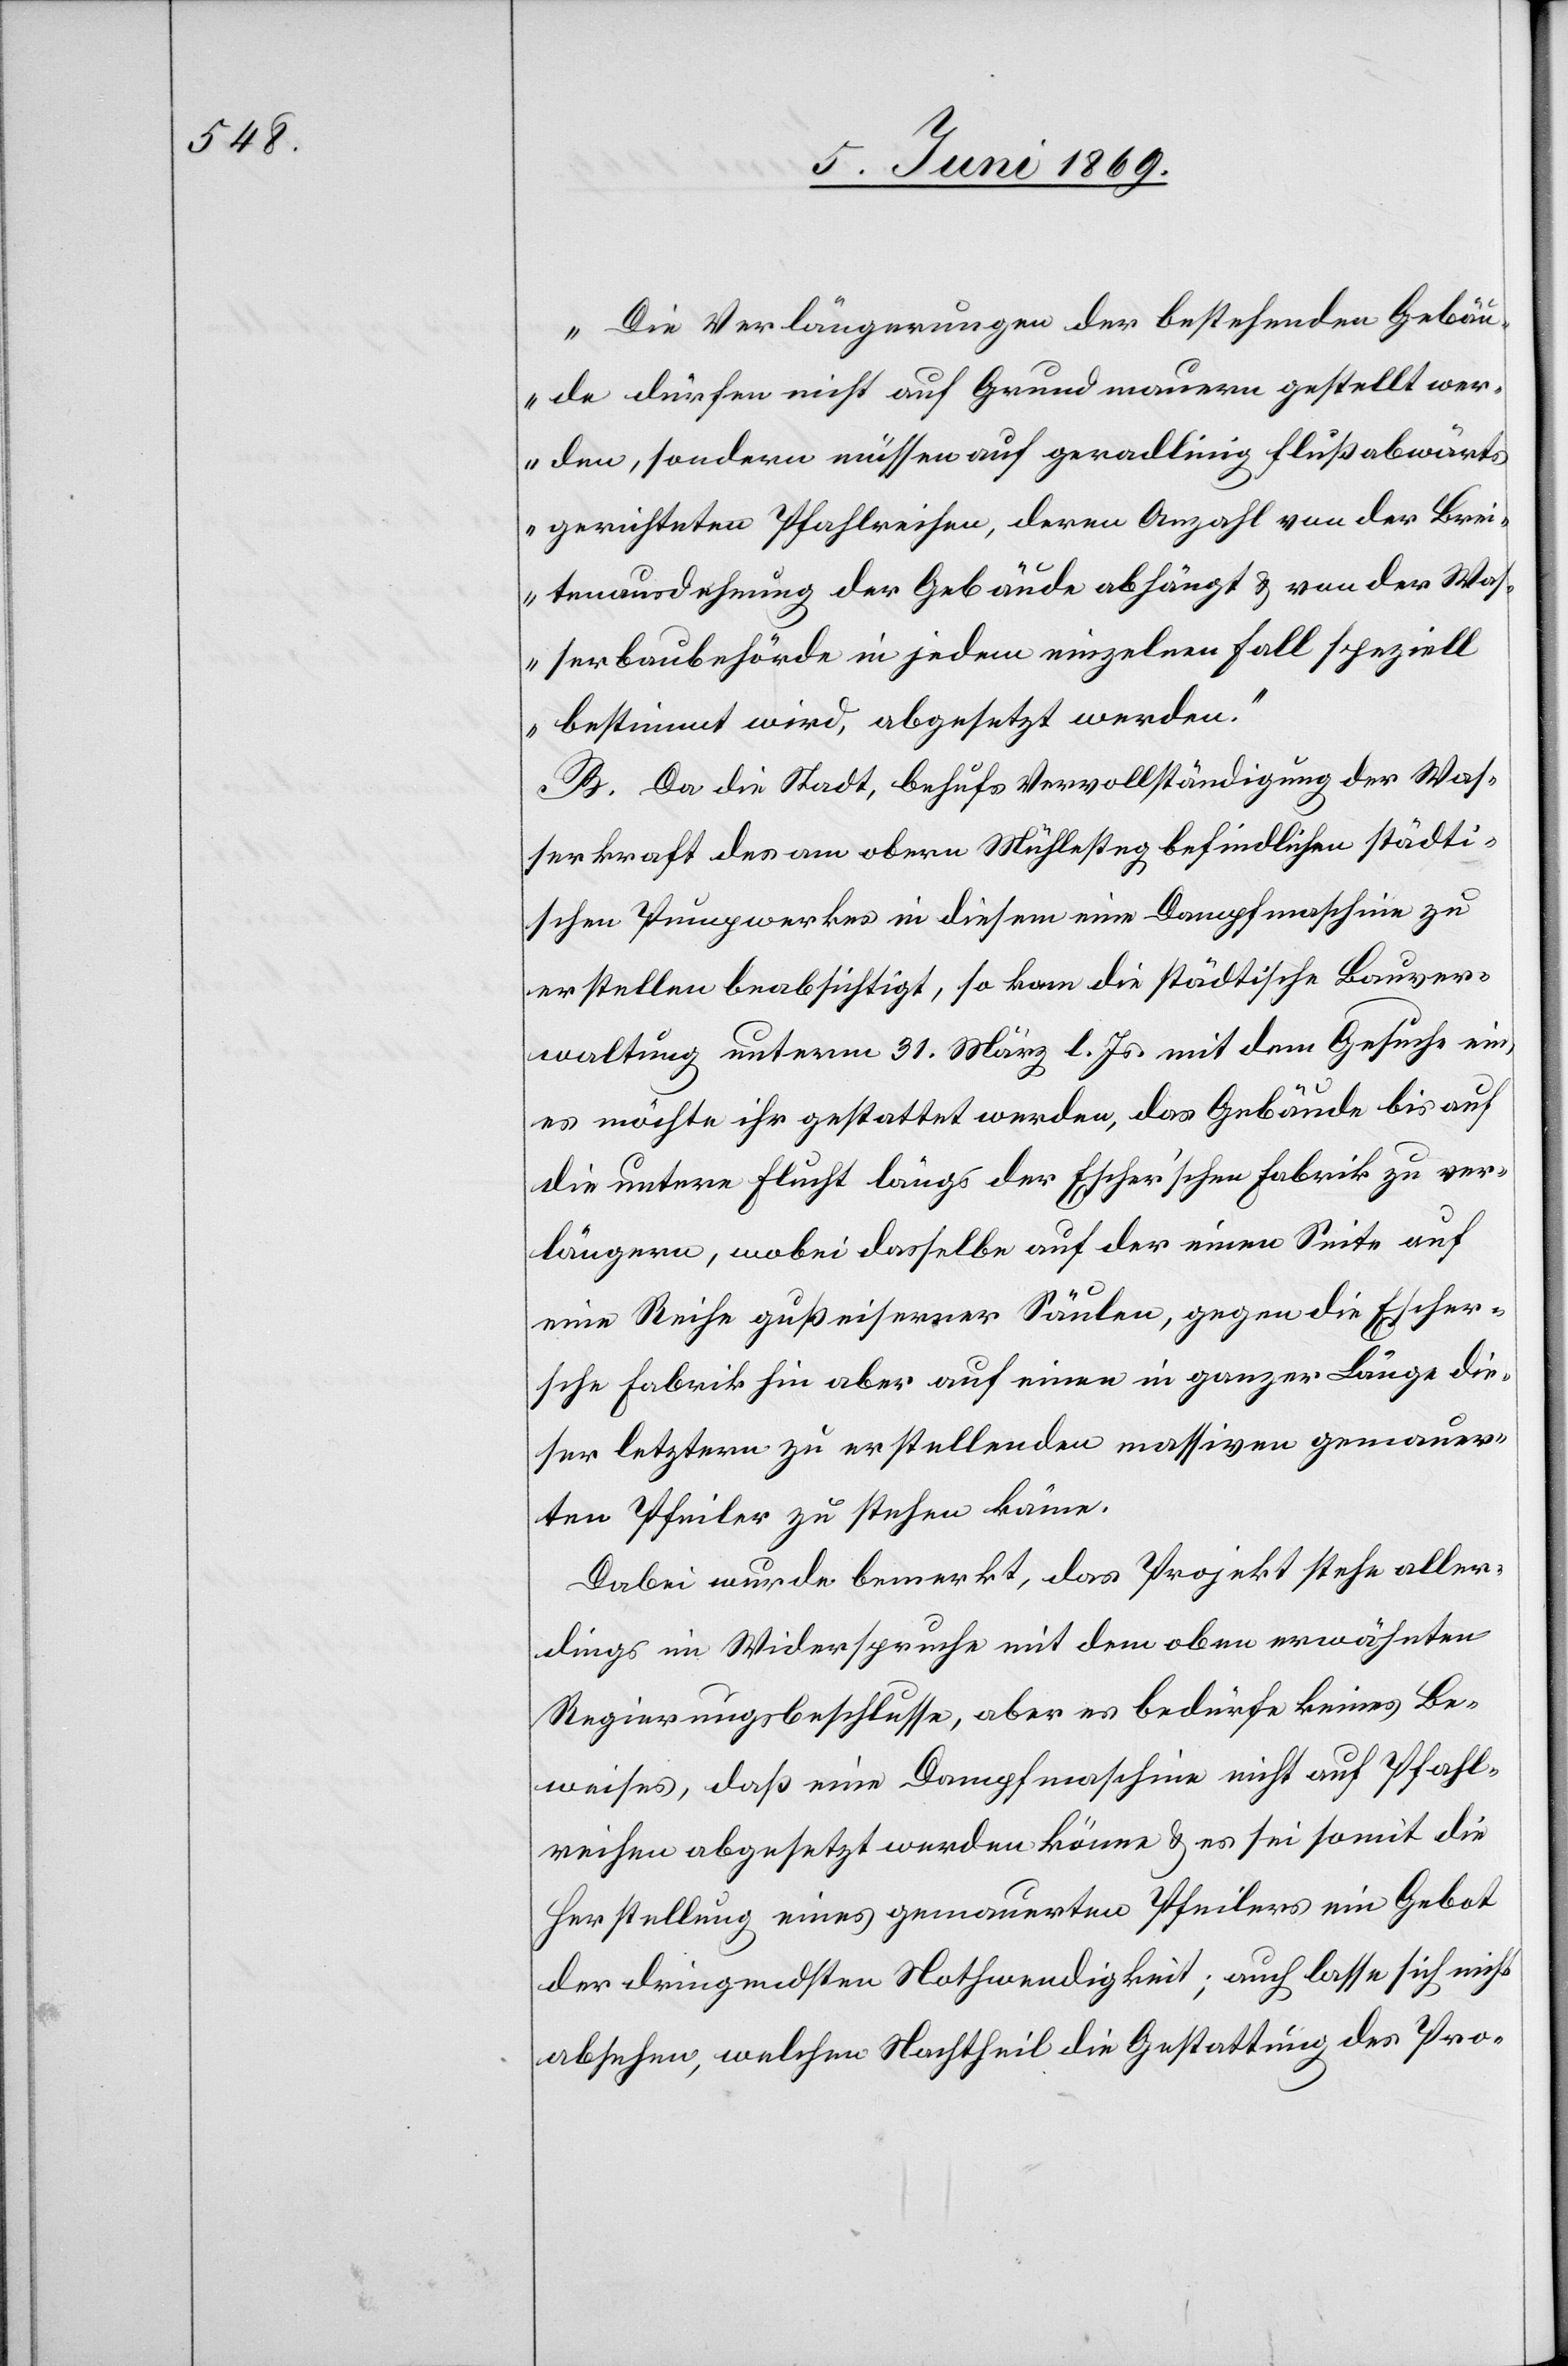
„Die Verlängerungen der bestehenden Gebäu¬
de dürfen nicht auf Grundmauern gestellt wer¬
den, sondern müssen auf geradlinig flußabwärts
gerichteten Pfahlreihen, deren Anzahl von der Brei¬
tenausdehnung der Gebäude abhängt u. von der Wa¬
sserbaubehörde in jedem einzelnen Fall speziell
bestimmt wird, abgesetzt werden.“
B. Da die Stadt, behufs Vervollständigung der Was¬
serkraft des vom obern Mühlesteg befindlichen städti¬
schen Pumpwerkes in diesem eine Dampfmaschine zu
erstellen beabsichtigt, so kam die städtische Bauver¬
waltung unterm 31 März l. Js. mit dem Gesuche ein,
es möchte ihr gestattet werden, das Gebäude bis auf
die untere Flucht längs der Escher’schen Fabrik zu ver¬
längern, wobei dasselbe auf der einen Seite auf
eine Reihe gußeiserner Säulen, gegen die Escher¬
sche Fabrik hin aber auf einen in ganzer Länge die¬
ser letztern zu erstellenden massiven gemauer¬
ten Pfeiler zu stehen käme.
Dabei wurde bemerkt, das Projekt stehe aller¬
dings im Widerspruche mit dem oben erwähnten
Regierungsbeschlusse, aber es bedürfe keines Be¬
weises, daß eine Dampfmaschine nicht auf Pfahl¬
reihen abgesetzt werden könne u. es sei somit die
Herstellung eines gemauerten Pfeilers ein Gebot
der dringendsten Nothwendigkeit; auch lasse sich nicht
absehen, welchen Nachtheil die Gestattung des Pro-